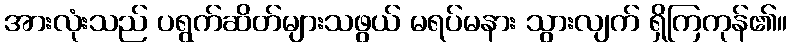
အားလုံးသည် ပရွက်ဆိတ်များသဖွယ် မရပ်မနား သွားလျက် ရှိကြကုန်၏။